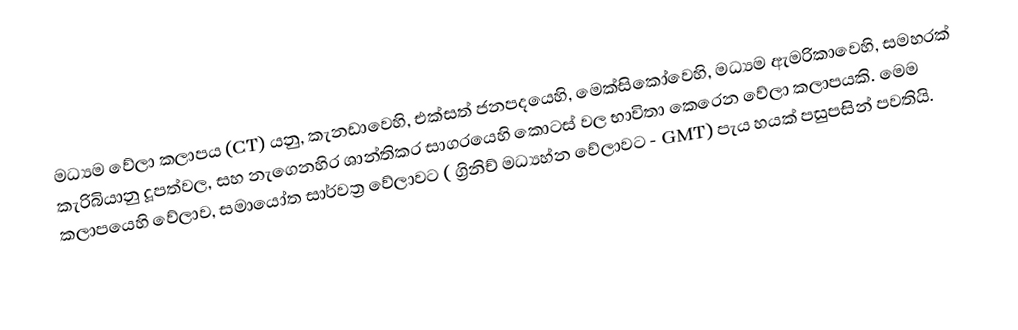
මධ්‍යම වේලා කලාපය (CT) යනු,  කැනඩාවෙහි, එක්සත් ජනපදයෙහි, මෙක්සිකෝවෙහි, මධ්‍යම ඇමරිකාවෙහි, සමහරක් කැරිබියානු දූපත්වල, සහ  නැගෙනහිර ශාන්තිකර සාගරයෙහි කොටස් වල භාවිතා කෙරෙන වේලා කලාපයකි. මෙම කලාපයෙහි වේලාව,  සමායෝත සාර්වත්‍ර වේලාවට ( ග්‍රිනිච් මධ්‍යහ්න වේලාවට - GMT)  පැය හයක් පසුපසින් පවතියි.